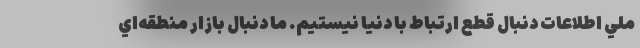
ملي اطلاعات دنبال قطع ارتباط با دنيا نيستيم. ما دنبال بازار منطقه‌اي